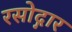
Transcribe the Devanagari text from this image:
रसोद्गार